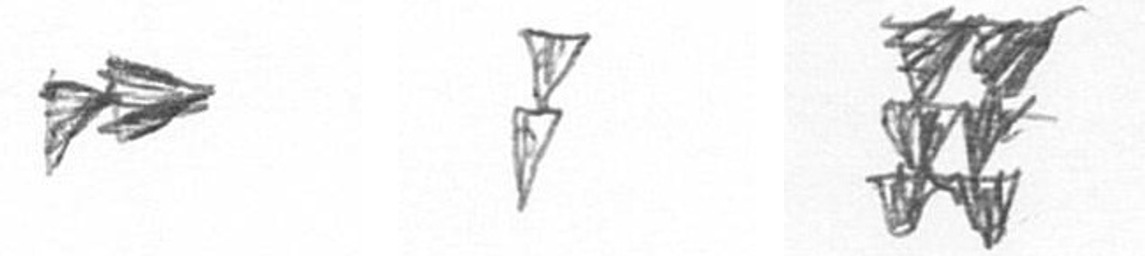
A Z Y